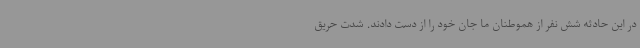
در این حادثه شش نفر از هموطنان ما جان خود را از دست دادند. شدت حریق